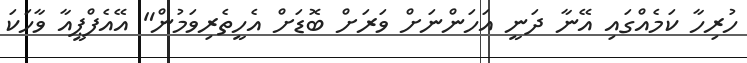
ހުރިހާ ކަމެއްގައި އޭނާ ދަނީ އަހަންނަށް ވަރަށް ބޮޑަށް އެހީތެރިވަމުން" އޭއެފްޕީއާ ވާހަކަ